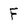
Character: F